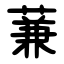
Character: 蒹